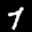
Label: 7